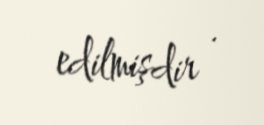
edilmişdir .